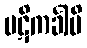
ပဋိကင်္ခါမိ